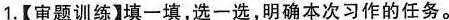
1.【审题训练】填一填，选一选，明确本次习作的任务。